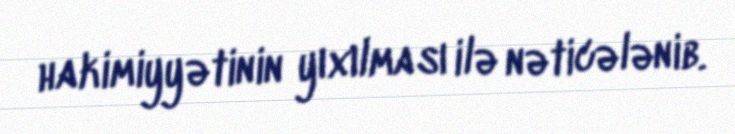
hakimiyyətinin yıxılması ilə nəticələnib.